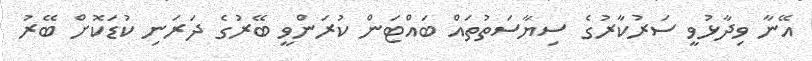
އޭނާ ވިދާޅުވީ ސަރުކާރުގެ ސިޔާސަތުތައް ބައްޓަން ކުރަންވީ ބޭރުގެ ދަރަނި ކުޑަކޮށް ބޭރު